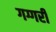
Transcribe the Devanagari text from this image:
गग्गरी